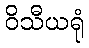
ဝိသီယရုံ